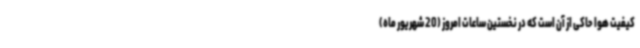
کیفیت هوا حاکی از آن است که در نخستین ساعات امروز (20 شهریور ماه)